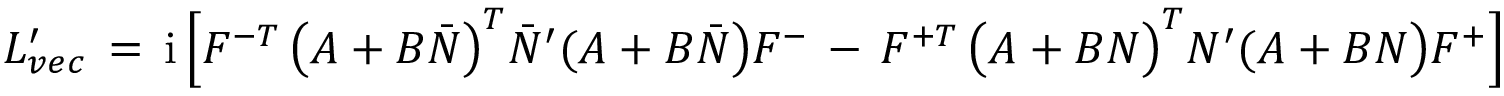
{ \cal L } _ { v e c } ^ { \prime } \, = \, \mathrm { i } \, \Bigl [ { \cal F } ^ { - T } \, \bigl ( A + B { \bar { \cal N } } \bigr ) ^ { T } { \bar { \cal N } } ^ { \prime } ( A + B { \bar { \cal N } } \bigr ) { \cal F } ^ { - } \, - \, { \cal F } ^ { + T } \, \bigl ( A + B { \cal N } \bigr ) ^ { T } { \cal N } ^ { \prime } ( A + B { \cal N } \bigr ) { \cal F } ^ { + } \Bigr ]